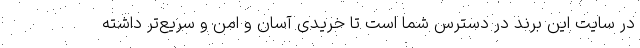
در سایت این برند در دسترس شما است تا خریدی آسان و امن و سریع‌تر داشته